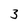
Character: 3